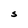
Character: S